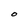
Character: O